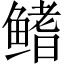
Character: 鳍